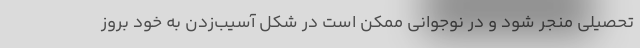
تحصیلی منجر شود و در نوجوانی ممکن است در شکل آسیب‌زدن به خود بروز